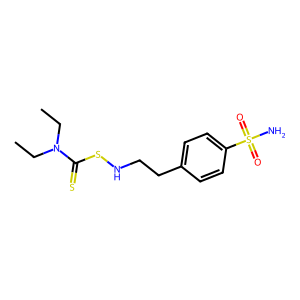
SMILES: CCN(CC)C(=S)SNCCc1ccc(S(N)(=O)=O)cc1
Inhibits HIV replication: No